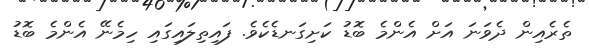
ތެރެއިން ދެވަނަ އަށް އެންމެ ބޮޑު ކަށިގަނޑެކެވެ. ފައިތިލައިގައި ހިމެނޭ އެންމެ ބޮޑު